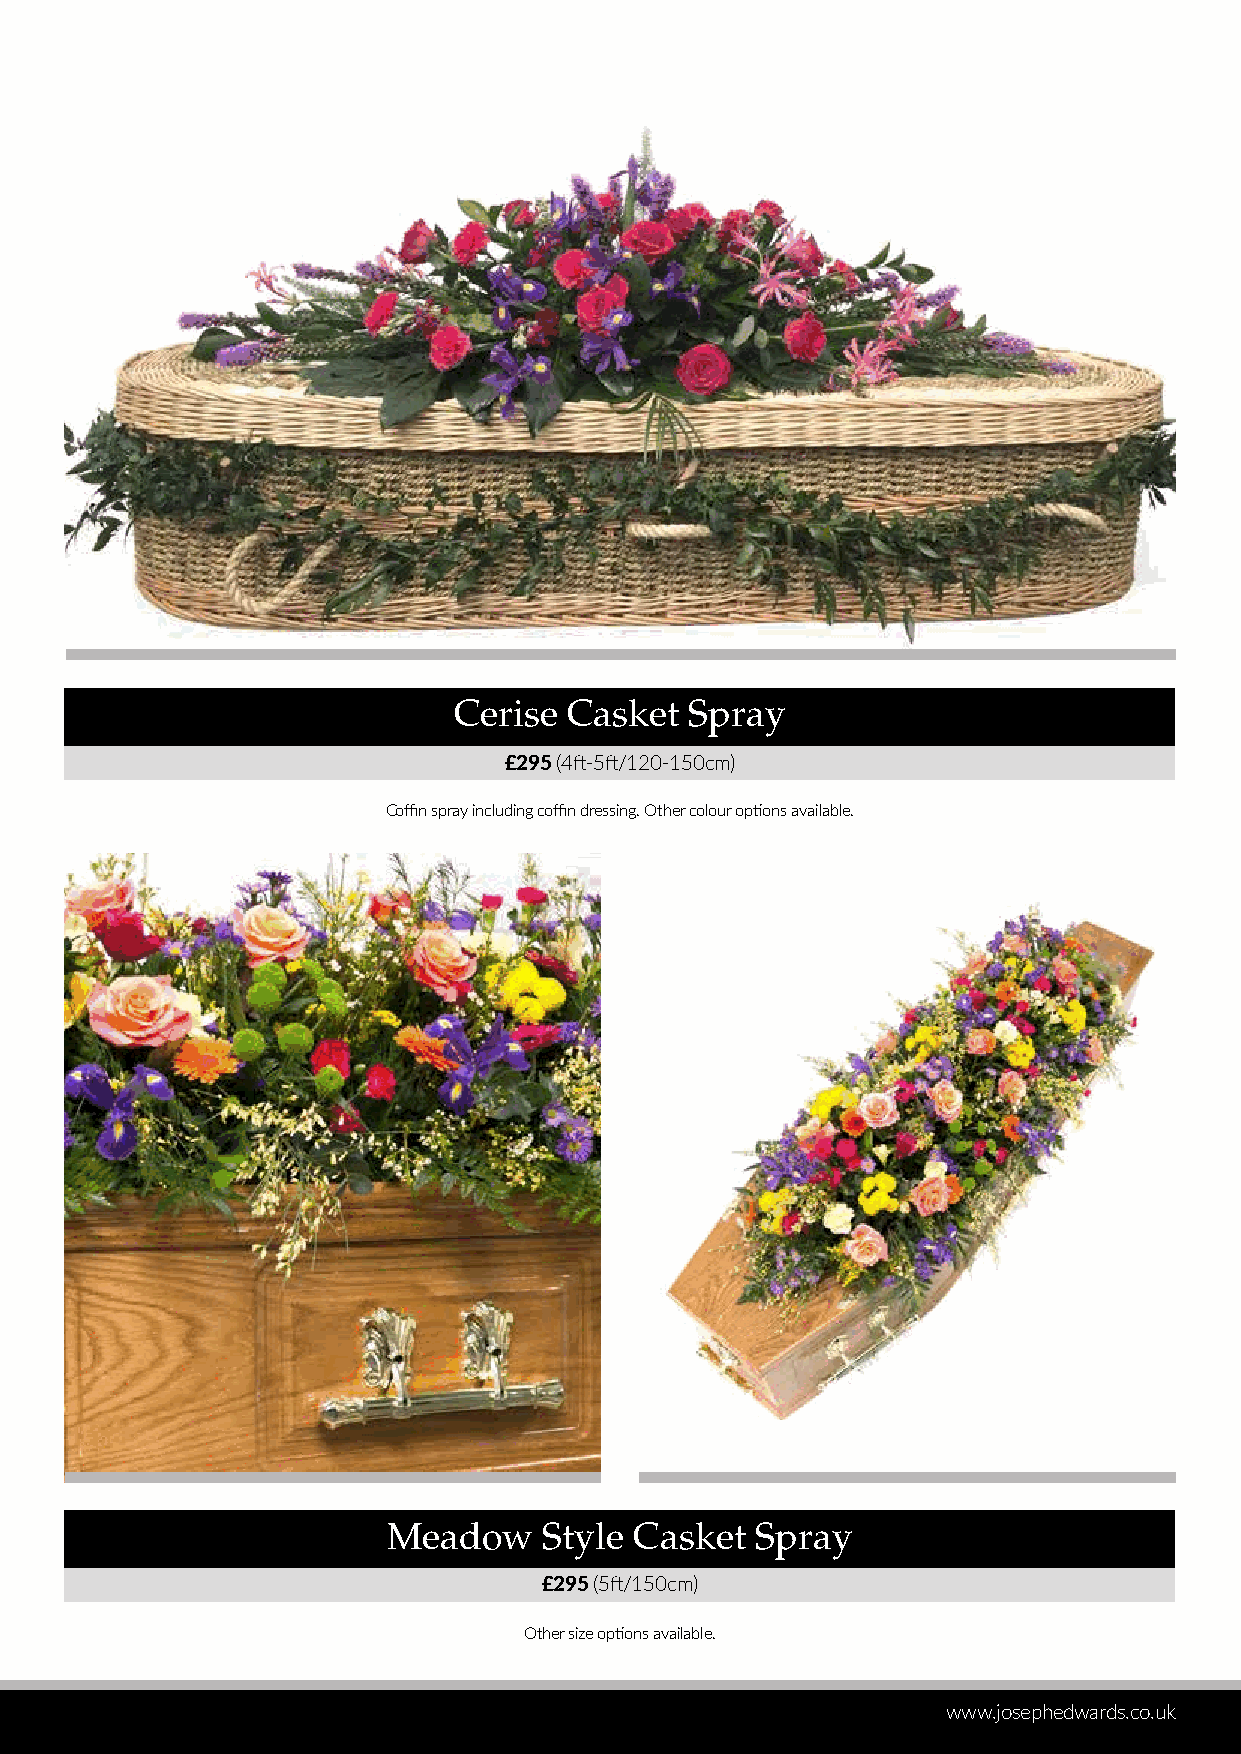
Cerise  Casket  Spray
 £295 (4ft-5ft/120-150cm)
 Coffin spray including coffin dressing. Other colour options available.
 Meadow    Style Casket  Spray
 £295 (5ft/150cm)
 Other size options available.
 www.josephedwards.co.uk